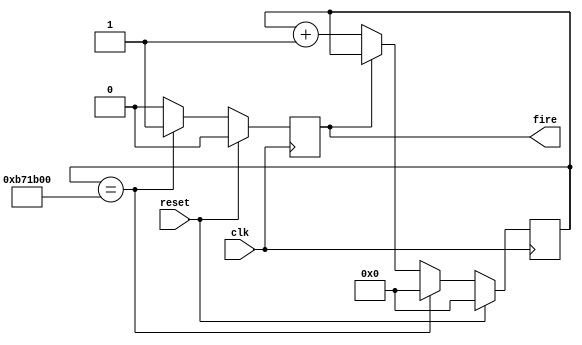
module autofire (clk,reset,fire);
input clk,reset;
output reg fire;
reg [27:0]fire_count;
parameter integer FIRE_CNT=12000000;
always@(posedge clk)begin
	if (reset)begin
		fire_count<=1'b0;
		fire <=1'b0;
		end
	else if (fire_count==FIRE_CNT)begin
		fire<=1'b1;
		fire_count<=1'b0;
		end
	else if (fire==1'b1)
		fire<=1'b0;
	else fire_count<=fire_count+1'd1;
end
endmodule